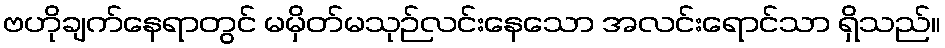
ဗဟိုချက်နေရာတွင် မမှိတ်မသုဉ်လင်းနေသော အလင်းရောင်သာ ရှိသည်။